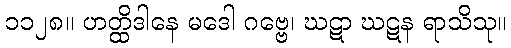
၁၁၂၈။ ဟတ္ထိဒါနေ မဒေါ ဂဗ္ဗေ၊ ဃဋာ ဃဋန ရာသိသု။